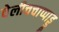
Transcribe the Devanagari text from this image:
वेलीचचाप्पाड्डू